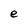
Character: e